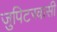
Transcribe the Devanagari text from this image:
जुपिटरवासी